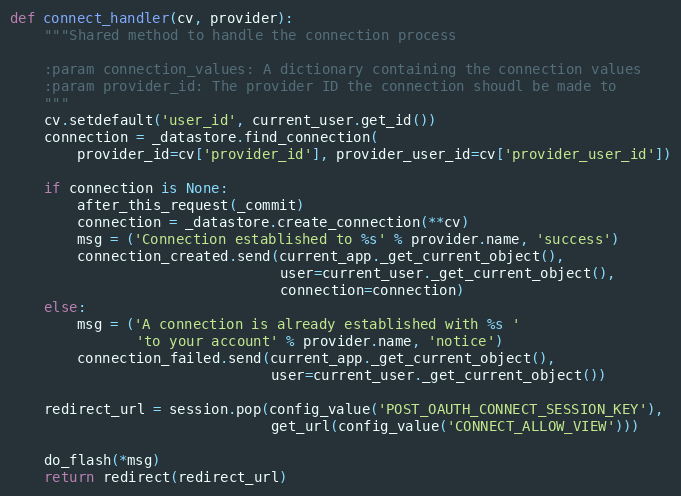
Language: Python
def connect_handler(cv, provider):
    """Shared method to handle the connection process

    :param connection_values: A dictionary containing the connection values
    :param provider_id: The provider ID the connection shoudl be made to
    """
    cv.setdefault('user_id', current_user.get_id())
    connection = _datastore.find_connection(
        provider_id=cv['provider_id'], provider_user_id=cv['provider_user_id'])

    if connection is None:
        after_this_request(_commit)
        connection = _datastore.create_connection(**cv)
        msg = ('Connection established to %s' % provider.name, 'success')
        connection_created.send(current_app._get_current_object(),
                                user=current_user._get_current_object(),
                                connection=connection)
    else:
        msg = ('A connection is already established with %s '
               'to your account' % provider.name, 'notice')
        connection_failed.send(current_app._get_current_object(),
                               user=current_user._get_current_object())

    redirect_url = session.pop(config_value('POST_OAUTH_CONNECT_SESSION_KEY'),
                               get_url(config_value('CONNECT_ALLOW_VIEW')))

    do_flash(*msg)
    return redirect(redirect_url)